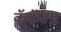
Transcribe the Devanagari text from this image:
कॅकॅल्ड